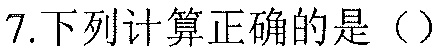
7.下列计算正确的是（）